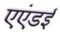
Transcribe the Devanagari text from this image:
एएंडई